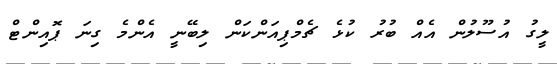
ލީގު އުސޫލުން އެއް ބުރު ކުޅެ ޗެމްޕިއަންކަން ލިބޭނީ އެންމެ ގިނަ ޕޮއިންޓް